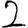
Digit: 2